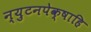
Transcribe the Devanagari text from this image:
न्युटनपेक्षाहि